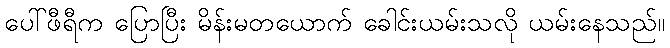
ပေါ်ဖီရီက ပြောပြီး မိန်းမတယောက် ခေါင်းယမ်းသလို ယမ်းနေသည်။